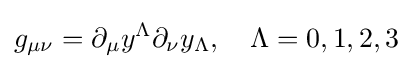
g_{\mu \nu }=\partial _{\mu }y^{\Lambda }\partial _{\nu }y_{\Lambda },\ \ \ \Lambda =0,1,2,3